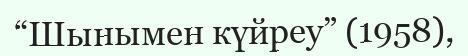
“Шынымен күйреу” (1958),